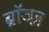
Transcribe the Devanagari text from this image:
ब्रॉञ्ज़